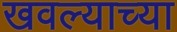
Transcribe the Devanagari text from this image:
खवल्याच्या